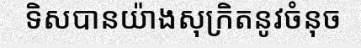
ទិសបានយ៉ាងសុក្រិតនូវចំនុច